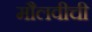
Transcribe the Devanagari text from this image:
मौलवीची